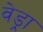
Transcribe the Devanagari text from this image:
वेड्रा